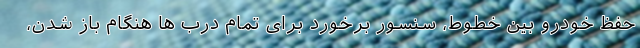
حفظ خودرو بین خطوط، سنسور برخورد برای تمام درب ها هنگام باز شدن،